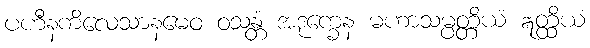
ပဟီနကိလေသာနမေဝ ဝသန္တံ အဒုက္ခေန မဟာသမ္ပတ္တိယံ ဣတ္ထိယံ